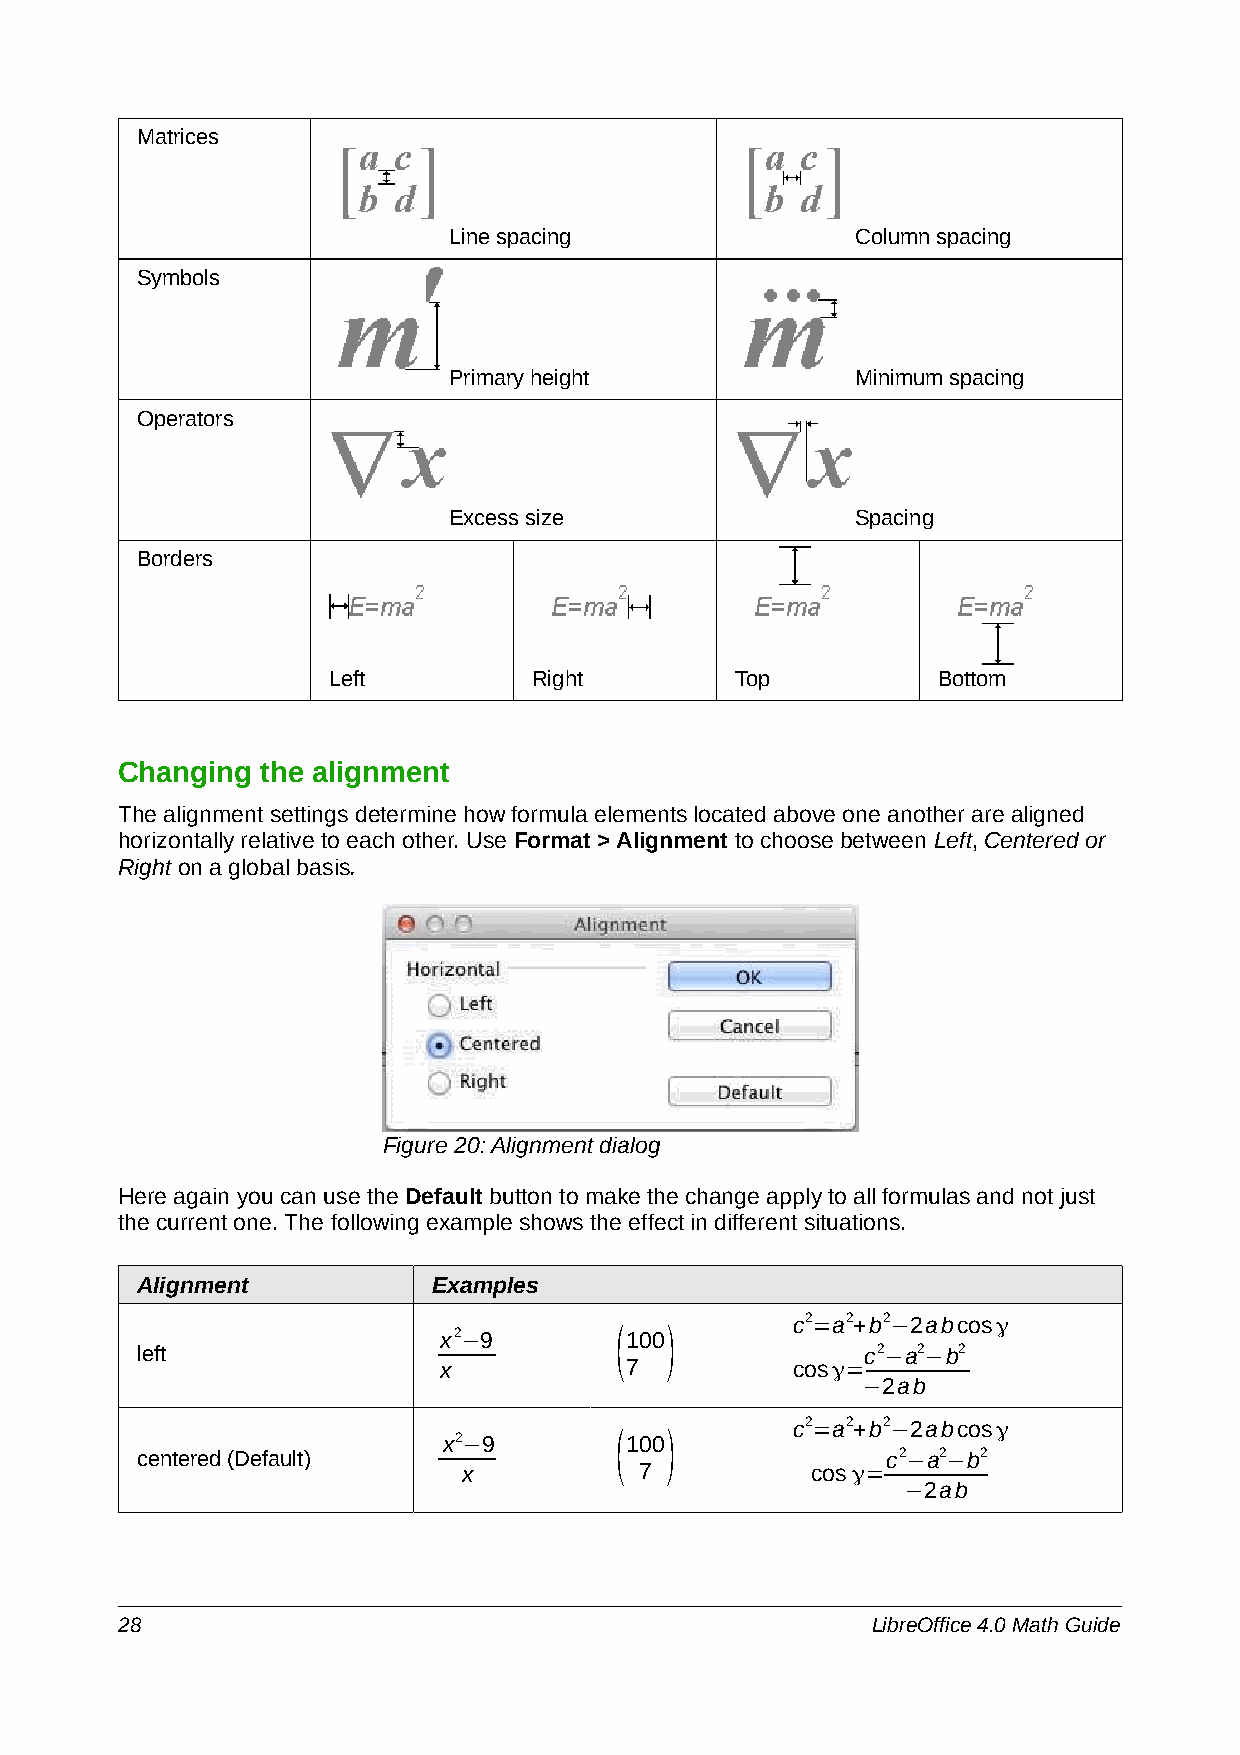
Matrices
 Line spacing               Column spacing
 Symbols
 Primary height             Minimum spacing
 Operators
 Excess size                Spacing
 Borders
 Left         Right         Top          Bottom
 Changing the alignment
 The alignment settings determine how formula elements located above one another are aligned
 horizontally relative to each other. Use Format > Alignment to choose between Left, Centered or
 Right on a global basis.
 Figure 20: Alignment dialog
 Here again you can use the Default button to make the change apply to all formulas and not just
 the current one. The following example shows the effect in different situations.
 Alignment           Examples
 c2=a2+b2−2abcosγ
 x2−9        (100)
 left                                            c2−a2−b2
 x           7          cosγ=
 −2ab
 c2=a2+b2−2abcosγ
 x2−9        (100)
 centered (Default)                                c2−a2−b2
 x          7           cosγ=
 −2ab
 28                                                LibreOffice 4.0 Math Guide